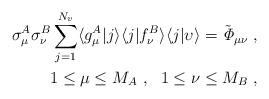
LaTeX: \begin{align*}\sigma_\mu^A \sigma_\nu^B \sum_{j=1}^{N_v} \langle g_\mu^A \vert j \rangle \langle j \vert f_\nu^B \rangle \langle j \vert \upsilon \rangle = \tilde{\it \Phi}_{\mu\nu} \ , \\ 1\leq \mu \leq M_A \ , \ \ 1 \leq \nu \leq M_B \ , \end{align*}